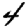
Digit: 4